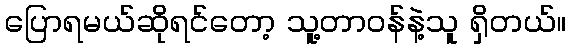
ပြောရမယ်ဆိုရင်တော့ သူ့တာဝန်နဲ့သူ ရှိတယ်။